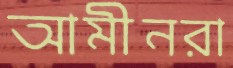
আমীনরা